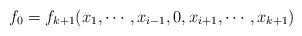
LaTeX: \begin{align*}f_0 = f_{k+1}(x_1, \cdots,x_{i-1},0,x_{i+1},\cdots,x_{k+1})\end{align*}